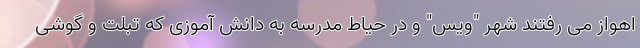
اهواز مى رفتند شهر "ويس" و در حياط مدرسه به دانش آموزى كه تبلت و گوشى